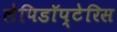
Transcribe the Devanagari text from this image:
लेपिडॉप्टेरिस